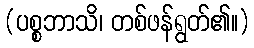
(ပစ္စဘာသိ၊ တစ်ဖန်ရွတ်၏။)